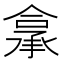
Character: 𮰂